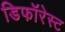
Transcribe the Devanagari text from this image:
डिफॉरेस्ट